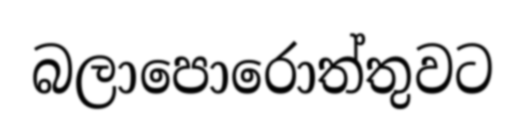
බලාපොරොත්තුවට